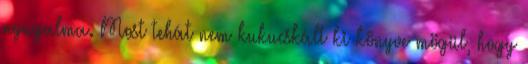
nyugalma. Most tehát nem kukucskált ki könyve mögül, hogy